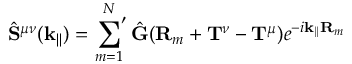
\hat { \mathbf { S } } ^ { \mu \nu } ( \mathbf { k } _ { | | } ) = \sideset { } { ' } \sum _ { m = 1 } ^ { N } \hat { \mathbf { G } } ( \mathbf { R } _ { m } + \mathbf { T } ^ { \nu } - \mathbf { T } ^ { \mu } ) e ^ { - i \mathbf { k } _ { | | } \mathbf { R } _ { m } }